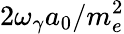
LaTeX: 2\omega_{\gamma}a_{0}/m_{e}^{2}